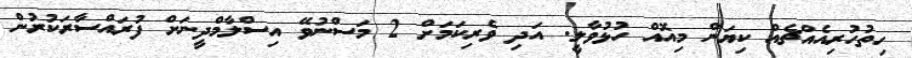
ހިތުހުރިއެއްޗެއް ކިޔަން މިއޮއް ހުޅުވާލީ. އަދި ވެރިކަމަށް 2 މަސްނުވޭ އިސްލާމްދީނަށް ފުރައްސާރަކުރުން